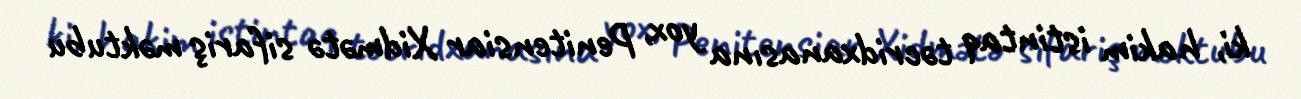
ki, hakim istintaq təcridxanasına yox, Penitensiar Xidmətə sifariş məktubu